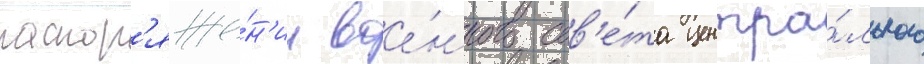
распор'яже́н'ии вое́нного сов'е́та центра́льного